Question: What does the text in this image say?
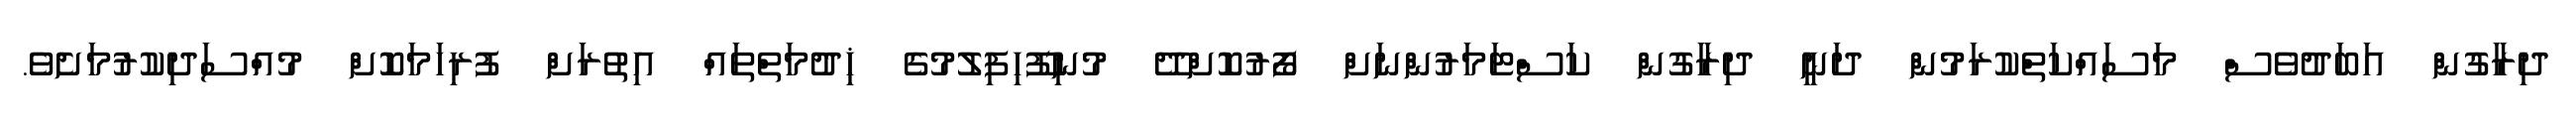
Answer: ދިރާގުން އަބަދުވެސް މަސައްކަތްކުރަމުން ދަނީ ދިރާގުން ކަސްޓަމަރުންނަށް ފޯރުކޮށްދޭ މުނިފޫހިފިލުމުގެ ޚިދުމަތްތައް އިތުރަށް ފުރިހަމަކޮށް މުއްސަދިކުރުމަށެވެ.